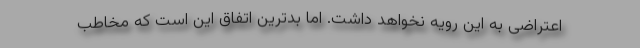
اعتراضی به این رویه نخواهد داشت. اما بدترین اتفاق این است که مخاطب